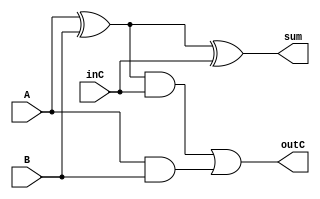
// Adder/Subtractor, XOR, AND, OR, bitshift_left, bitshift_right, rotate_left,rotate_right

// mathCKT Uses implicit XORs
module fAddr(outC, sum, inC, A, B);
	output outC, sum;
	input  inC, A, B;
	wire   abSum, abCarry, hA2Carry;

	xor x1(abSum, A, B);
	and a1(abCarry, A, B);
	xor x2(sum, abSum, inC);
	and a2(hA2Carry, abSum, inC);

	or  o1(outC, hA2Carry, abCarry);
endmodule

module mathCKT(outC, ovFL, sum, SUB, A, B);
	output outC, ovFL;			// ovFL is overflow flag
	output [7:0] sum;
	input  SUB;
	input  [7:0] A, B;
	
	wire   [6:0] cp;			// Carry Propogation Wire
	wire   [7:0] xCon;			// XOR to B connector
	
	xor x0(xCon[0], B[0], SUB);
	xor x1(xCon[1], B[1], SUB);
	xor x2(xCon[2], B[2], SUB);
	xor x3(xCon[3], B[3], SUB);
	xor x4(xCon[4], B[4], SUB);
	xor x5(xCon[5], B[5], SUB);
	xor x6(xCon[6], B[6], SUB);
	xor x7(xCon[7], B[7], SUB);

	fAddr f0(cp[0], sum[0], SUB  , A[0], xCon[0]);
	fAddr f1(cp[1], sum[1], cp[0], A[1], xCon[1]);
	fAddr f2(cp[2], sum[2], cp[1], A[2], xCon[2]);
	fAddr f3(cp[3], sum[3], cp[2], A[3], xCon[3]);
	fAddr f4(cp[4], sum[4], cp[3], A[4], xCon[4]);
	fAddr f5(cp[5], sum[5], cp[4], A[5], xCon[5]);
	fAddr f6(cp[6], sum[6], cp[5], A[6], xCon[6]);
	fAddr f7(outC , sum[7], cp[6], A[7], xCon[7]);

	xor ovF(ovFL, cp[6], outC);		// Overflow Check
endmodule

// R for Result
module xorCKT(R, A, B);
	input [7:0] A, B;
	output[7:0] R;

	xor x0(R[0], A[0], B[0]);
	xor x1(R[1], A[1], B[1]);
	xor x2(R[2], A[2], B[2]);
	xor x3(R[3], A[3], B[3]);
	xor x4(R[4], A[4], B[4]);
	xor x5(R[5], A[5], B[5]);
	xor x6(R[6], A[6], B[6]);
	xor x7(R[7], A[7], B[7]);
endmodule	

module ornCKT(R, A, B, S0);
	input [7:0] A, B;
	output[7:0] R;
	wire  [7:0] O;
	input S0;

	or  x0(O[0], A[0], B[0]);
	or  x1(O[1], A[1], B[1]);
	or  x2(O[2], A[2], B[2]);
	or  x3(O[3], A[3], B[3]);
	or  x4(O[4], A[4], B[4]);
	or  x5(O[5], A[5], B[5]);
	or  x6(O[6], A[6], B[6]);
	or  x7(O[7], A[7], B[7]);

	xor y0(R[0], S0, O[0]);
	xor y1(R[1], S0, O[1]);
	xor y2(R[2], S0, O[2]);
	xor y3(R[3], S0, O[3]);
	xor y4(R[4], S0, O[4]);
	xor y5(R[5], S0, O[5]);
	xor y6(R[6], S0, O[6]);
	xor y7(R[7], S0, O[7]);
endmodule

module andCKT(R, A, B);
	input [7:0] A, B;
	output[7:0] R;

	and x0(R[0], A[0], B[0]);
	and x1(R[1], A[1], B[1]);
	and x2(R[2], A[2], B[2]);
	and x3(R[3], A[3], B[3]);
	and x4(R[4], A[4], B[4]);
	and x5(R[5], A[5], B[5]);
	and x6(R[6], A[6], B[6]);
	and x7(R[7], A[7], B[7]);
endmodule

module bitshiftLeft(R, A);
	input [7:0] A;
	output[7:0] R;
	
	buf b0(R[7], A[6]);
	buf b1(R[6], A[5]);
	buf b2(R[5], A[4]);
	buf b3(R[4], A[3]);
	buf b4(R[3], A[2]);
	buf b5(R[2], A[1]);
	buf b6(R[1], A[0]);
	buf b7(R[0], 1'b0);
endmodule

module bitshiftRight(R, A);
	input [7:0] A;
	output[7:0] R;
	
	buf b0(R[7], 1'b0);
	buf b1(R[6], A[7]);
	buf b2(R[5], A[6]);
	buf b3(R[4], A[5]);
	buf b4(R[3], A[4]);
	buf b5(R[2], A[3]);
	buf b6(R[1], A[2]);
	buf b7(R[0], A[1]);
endmodule

module rotateLeft(R, A);
	input [7:0] A;
	output[7:0] R;
	
	buf b0(R[7], A[6]);
	buf b1(R[6], A[5]);
	buf b2(R[5], A[4]);
	buf b3(R[4], A[3]);
	buf b4(R[3], A[2]);
	buf b5(R[2], A[1]);
	buf b6(R[1], A[0]);
	buf b7(R[0], A[7]);
endmodule

module rotateRight(R, A);
	input [7:0] A;
	output[7:0] R;
	
	buf b0(R[7], A[0]);
	buf b1(R[6], A[7]);
	buf b2(R[5], A[6]);
	buf b3(R[4], A[5]);
	buf b4(R[3], A[4]);
	buf b5(R[2], A[3]);
	buf b6(R[1], A[2]);
	buf b7(R[0], A[1]);
endmodule